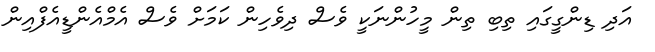
އަދި ޑިންގީގައި ތިބި ތިން މީހުންނަކީ ވެސް ދިވެހިން ކަމަށް ވެސް އެމްއެންޑީއެފްއިން